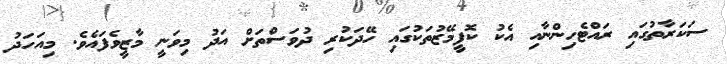
ސަކަރާތުގައި ރައްޓެހިންނާއި އެކު ކޮފީމޭޒުތަކުގައި ހޭދަކުރި ދުވަސްތަށް އަދު މިވަނީ މާޒީވެފައެވެ. މިއަހަދު